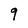
Character: 9